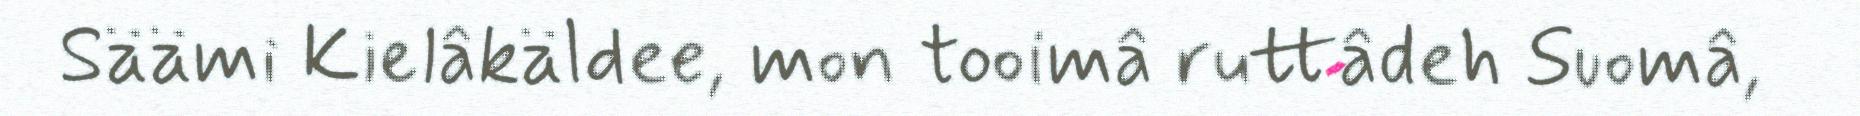
Säämi Kielâkäldee, mon tooimâ ruttâdeh Suomâ,